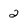
Character: 2